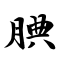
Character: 腆